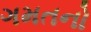
ગમતનો